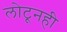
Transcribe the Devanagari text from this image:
लोटूनही